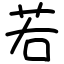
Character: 若